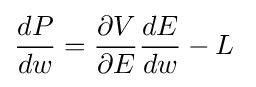
{\frac {dP}{dw}}={\frac {\partial V}{\partial E}}{\frac {dE}{dw}}-L\;